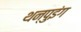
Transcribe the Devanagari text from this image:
थन्पुइंग